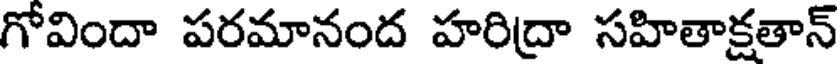
గోవిందా పరమానంద హరిద్రా సహితాక్షతాన్